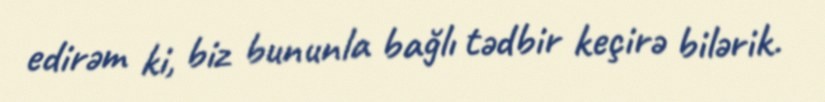
edirəm ki, biz bununla bağlı tədbir keçirə bilərik.